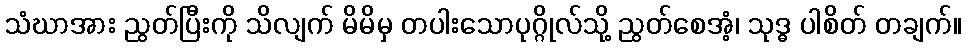
သံဃာအား ညွတ်ပြီးကို သိလျက် မိမိမှ တပါးသောပုဂ္ဂိုလ်သို့ ညွတ်စေအံ့၊ သုဒ္ဓ ပါစိတ် တချက်။